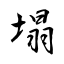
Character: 塌